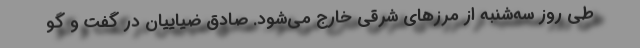
طی روز سه‌شنبه از مرزهای شرقی خارج می‌شود. صادق ضیاییان در گفت و گو